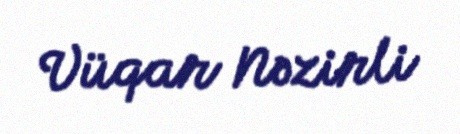
Vüqar Nəzirli